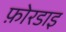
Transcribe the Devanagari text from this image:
फ़ोरडाइ